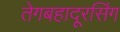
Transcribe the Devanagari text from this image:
तेगबहादूरसिंग